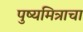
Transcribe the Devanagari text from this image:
पुष्यमित्राचा